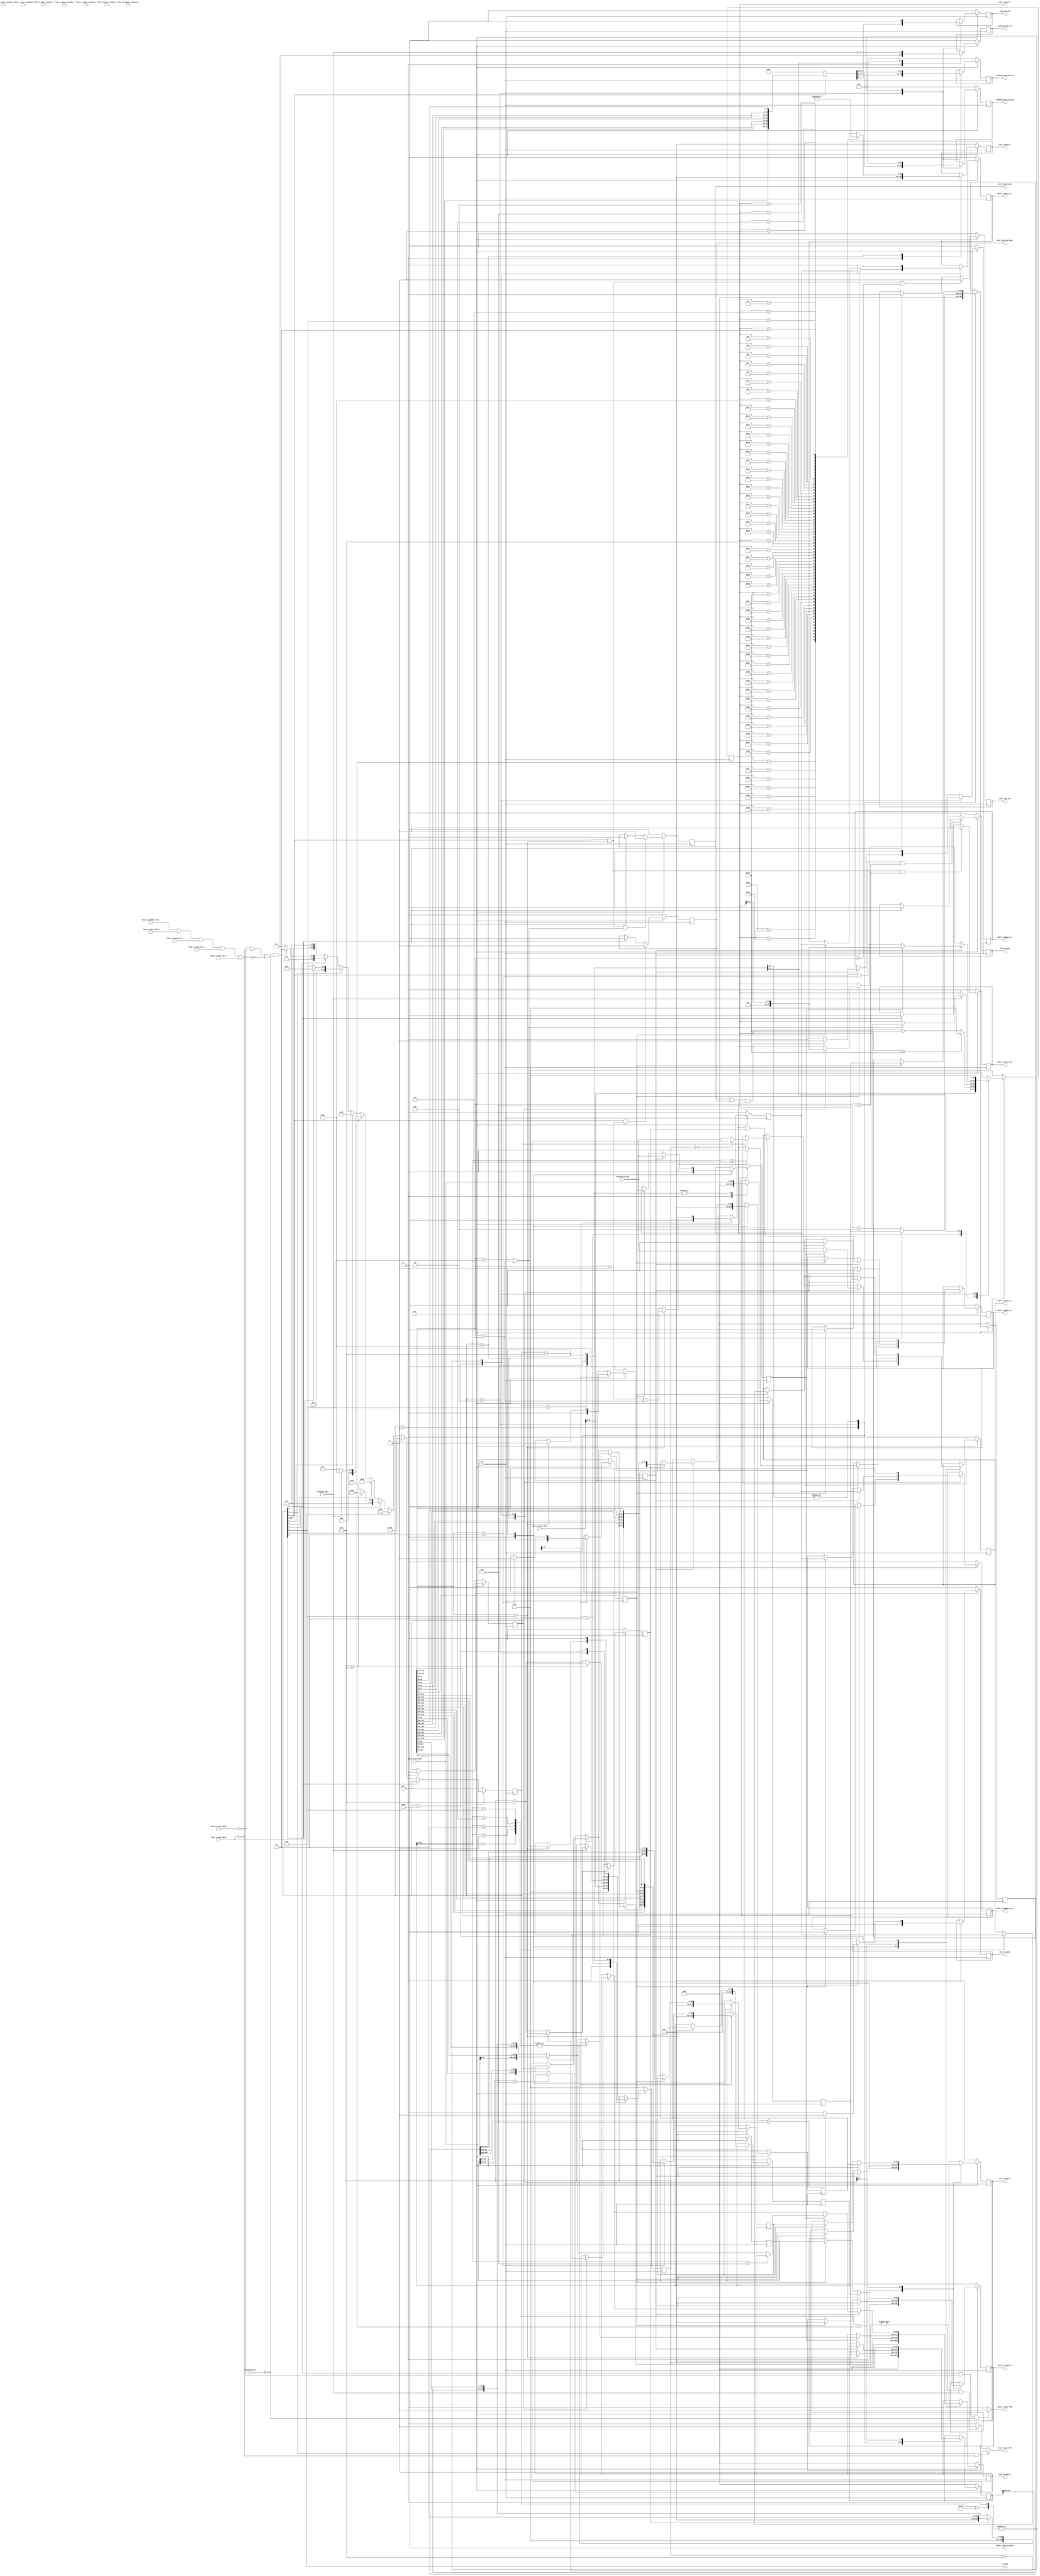
//****************************************************************
// December 6, 2022
//
// Licensed to the Apache Software Foundation (ASF) under one
// or more contributor license agreements.  See the NOTICE file
// distributed with this work for additional information
// regarding copyright ownership.  The ASF licenses this file
// to you under the Apache License, Version 2.0 (the
// "License"); you may not use this file except in compliance
// with the License.  You may obtain a copy of the License at
//
//   http://www.apache.org/licenses/LICENSE-2.0
//
// Unless required by applicable law or agreed to in writing,
// software distributed under the License is distributed on an
// "AS IS" BASIS, WITHOUT WARRANTIES OR CONDITIONS OF ANY
// KIND, either express or implied.  See the License for the
// specific language governing permissions and limitations
// under the License.
//
// Date: N/A
// Project: OmniXtend Core
// Comments: N/A
//
//********************************
// File history:
//   N/A
//****************************************************************

`timescale 1ns / 1ps



module M2OX
    #(
        parameter RX_HEADER_PTR     =13,
        parameter RX_ADDR_PTR       =13,
        parameter RX_MASK_PTR       =13,
        parameter RX_DATA_PTR       =14,
        parameter RX_BCNT_PTR       =13)
    (
        input                           clk                         ,
        input                           rst_                        ,

        //In from LMAC RX FIFOs (IPCS & Packet)
        input       [63:0]              m2ox_rx_ipcs_data           ,
        input                           m2ox_rx_ipcs_empty          ,
        input       [6:0]               m2ox_rx_ipcs_usedword       ,
        output                          ox2m_rx_ipcs_rden           ,

        input       [255:0]             m2ox_rx_pkt_data            ,
        input                           m2ox_rx_pkt_empty           ,
        input       [6:0]               m2ox_rx_pkt_usedword        ,
        output                          ox2m_rx_pkt_rden            ,
        output                          ox2m_rx_pkt_rd_cycle        ,

        //--------------------------------//

        //RX Header FIFO Out
        output      [63:0]              ox2f_rx_header_i            ,
        output                          ox2f_rx_header_we_i         ,
        input                           f2ox_rx_header_full_i       ,
        input       [RX_HEADER_PTR-1:0] f2ox_rx_header_wrusedw_i    ,

        //RX Address FIFO Out
        output      [63:0]              ox2f_rx_addr_i              ,
        output                          ox2f_rx_addr_we_i           ,
        input                           f2ox_rx_addr_full_i         ,
        input       [RX_ADDR_PTR-1:0]   f2ox_rx_addr_wrusedw_i      ,

        //RX Mask FIFO Out
        output      [63:0]              ox2f_rx_mask_i              ,
        output                          ox2f_rx_mask_we_i           ,
        input                           f2ox_rx_mask_full_i         ,
        input       [RX_MASK_PTR-1:0]   f2ox_rx_mask_wrusedw_i      ,

        // RX Data FIFO Out
        output      [255:0]             ox2f_rx_data_i              ,
        output                          ox2f_rx_data_we_i           ,
        input                           f2ox_rx_data_full_i         ,
        input       [RX_DATA_PTR-1:0]   f2ox_rx_data_wrusedw_i      ,

        // RX Bcnt FIFO Out
        output      [15:0]              ox2f_rx_bcnt_i              ,
        output                          ox2f_rx_bcnt_we_i           ,
        input                           f2ox_rx_bcnt_full_i         ,
        input       [RX_BCNT_PTR-1:0]   f2ox_rx_bcnt_wrusedw_i      ,

        //--------------------------------//

        //Sequence Checking  Requests to Seq_Mgr
        output     [21:0]               oxm2ackm_new_ack_num,   // Remote ack num from RXed packet
        output     [21:0]               oxm2ackm_new_seq_num,   // Remote seq num from RXed packet
        output reg                      oxm2ackm_chk_req,       // Asserted to request a sequence check
        output                          oxm2ackm_ack,           // Remote ack mode from RXed packet (ack = 1, nack = 0)
        output                          rx_done,                // Asserted when we have finished RXing current packet
        input                           oxm2ackm_accept,        // Accept the current received packet or not (1 = accept 0 = reject)
        input                           oxm2ackm_done,          // Asserted by seq_mgr when sequence check is done
        input                           oxm2ackm_busy,          

        //--------------------------------//

        output reg                      oxm_rtx_done,           // control signal for ProbeBlock to RTX_MGR

        //--------------------------------//

        //Coherency Signals to TL2N (to diff acquire and release)
        output reg                      ox2tl_aquire_gnt,       // Tells TL this is an acquire gnt response
        output reg                      ox2tl_release_ack,      // Tells TL this is a release ack response
        output reg                      ox2tl_acc_ack,          // Tells TL this is a Get acc response with no data
        output reg                      ox2tl_acc_ack_data,     // Tells TL this is a Put acc response with data
        output reg                      ox2tl_probe
    );


    //================================================================//
    //  Convenience Parameters

    //TL MSG Channel
    localparam          TL_CHAN_A       =   3'b001,
                        TL_CHAN_B       =   3'b010,
                        TL_CHAN_C       =   3'b011,
                        TL_CHAN_D       =   3'b100,
                        TL_CHAN_E       =   3'b101;


    //Channel B Opcode
    localparam          B_PUT_FULL      =   3'd0,
                        B_PUT_PARTIAL   =   3'd1,
                        B_ARITHMETIC    =   3'd2,
                        B_LOGICAL       =   3'd3,
                        B_GET           =   3'd4,
                        B_INTENT        =   3'd5,
                        B_PROBE_BLOCK   =   3'd6,
                        B_PROBE_PERM    =   3'd7;

    //Channel D Opcode
    localparam          D_ACC_ACK       =   3'd0,
                        D_ACC_ACK_DATA  =   3'd1,
                        D_HINT_ACK      =   3'd2,
                        D_GRANT         =   3'd4,
                        D_GRANT_DATA    =   3'd5,
                        D_RELEASE_ACK   =   3'd6;


    //================================================================//
    //  State Machine Encoding and State Signals

    reg [15:0]      rx_state;
    localparam      RX_IDLE         =   16'h01,
                    RX_IPCS         =   16'h02,
                    RX_PKT_RD_1     =   16'h04,
                    RX_DECODE_1     =   16'h08,
                    RX_PKT_RD_2     =   16'h10,
                    RX_DECODE_2     =   16'h20,
                    RX_DONE         =   16'h40,
                    RX_DONE_1       =   16'h80,
                    RX_DONE_2       =   16'h100;

    wire            rx_idle_st      =   rx_state[0];
    wire            rx_ipcs_st      =   rx_state[1];
    wire            rx_pkt_rd_1_st  =   rx_state[2];    // gather info for opcode and channel
    wire            rx_decode_1_st  =   rx_state[3];    // gather info for address and data mask, calculate lewiz reserved
    wire            rx_pkt_rd_2_st  =   rx_state[4];    // gather info for address and data mask, calculate lewiz reserved
    wire            rx_decode_2_st  =   rx_state[5];
    wire            rx_done_st      =   rx_state[6];
    wire            rx_done_1_st    =   rx_state[7];
    wire            rx_done_2_st    =   rx_state[8];

//  wire            rx_idle_st      =   rx_state[0];
//  wire            rx_rd_fifo      =   rx_state[1];
//  wire            rx_ipcs_st      =   rx_state[2];
//  wire            rx_pkt_rd_st    =   rx_state[3];    // gather info for opcode and channel
//  wire            rx_decode_1_st  =   rx_state[4];    // gather info for address and data mask, calculate lewiz reserved
//  wire            rx_decode_2_st  =   rx_state[5];
//  wire            rx_done_st      =   rx_state[6];


    //================================================================//
    //  Other Internal Signals


    reg  [15:0]     bcnt4mask ;                          // sub 8 byte for each data out, use for mask

    //LMAC Byte Count Field (LeWiz Reserved)
    reg  [15:0]     lewiz_bcnt;

    //Pkt Data Buffer
    reg  [255:0]    rx_pkt_data_buf;

    //TLoE Frame Header
    wire [63:0]     tloe_frame_header;
    reg  [2:0]      tloe_header_chan;
    reg  [4:0]      tloe_header_credit;
    reg             tloe_header_ack;
    reg  [21:0]     tloe_header_seq_num_ack;
    reg  [21:0]     tloe_header_seq_num;
    reg  [2:0]      tloe_header_vc;

    assign          tloe_frame_header   =   rx_decode_1_st ?   {
                                                rx_pkt_data_buf[119:112],
                                                rx_pkt_data_buf[127:120],
                                                rx_pkt_data_buf[135:128],
                                                rx_pkt_data_buf[143:136],
                                                rx_pkt_data_buf[151:144],
                                                rx_pkt_data_buf[159:152],
                                                rx_pkt_data_buf[167:160],
                                                rx_pkt_data_buf[175:168]
                                            } :   'd0;

    //Data and Write Enable to OX FIFOs
    reg  [255:0]    ox2f_rx_data_out;
    reg             ox2f_rx_data_valid;
    reg  [63:0]     ox2f_rx_header_out;
    reg             ox2f_rx_header_valid;
    reg  [63:0]     ox2f_rx_addr_out;
    reg             ox2f_rx_addr_valid;
    reg  [63:0]     ox2f_rx_mask_out;
    reg             ox2f_rx_mask_valid;
    reg  [15:0]     ox2f_rx_bcnt_out;
    reg             ox2f_rx_bcnt_valid;

    //  oxm2ackm
    reg             oxm2ackm_accepted;  // 1 = accept pkt, 0 = reject pkt;


    //----------------------------------------------------------------//
    // Channel B TL Msg Header Data

    reg  [63:0]     b_tl_msg_header;
    reg  [63:0]     b_tl_msg_addr;
    reg             b_chan_en;
    reg             b_data_en;
    reg  [255:0]    b_data_buf;
//  reg  [25:0]     b_source;           // {TAG, DST_CHIPID}
//  reg  [3:0]      b_size;             // PAYLOAD_LENGTH
//  reg  [2:0]      b_opcode;           // MSG_TYPE
//  reg             b_chan;             // Channel
//  reg  [3:0]      b_param;            // zero for now
//  reg  [255:0]    b_data;             //{DATA_4, DATA_3, DATA_2, DATA_1}
//  reg             b_corrupt;
//  reg  [63:0]     b_mask;             // Based on PAYLOAD_LENGTH
//  reg  [63:0]     b_addr;             //{DST_XPOS, DST_YPOST, DST_ADDR}
//  reg  [7:0]      b_domain;           // all zero
//  reg  [3:0]      b_size_left;


    //----------------------------------------------------------------//
    // Channel D TL Msg Header Data
    reg  [63:0]     d_tl_msg_header;
    reg  [63:0]     d_tl_msg_sink;
    reg             d_chan_en;
    reg             d_data_en;          // if Channel D comes with data, assigned during RX_DECODE_1 and neg at RX_DONE
    reg             d_sink_en;
    reg  [255:0]    d_data_buf;
//  reg  [25:0]     d_source;           // {TAG, DST_CHIPID}
//  reg  [3:0]      d_size;             // PAYLOAD_LENGTH
//  reg  [2:0]      d_opcode;           // MSG_TYPE
//  reg             d_chan;             // Channel
//  reg  [3:0]      d_param;            // zero for now
//  reg  [255:0]    d_data;             //{DATA_4, DATA_3, DATA_2, DATA_1}
//  reg             d_corrupt;
//  reg  [25:0]     d_sink;             //Slave sink identifier
//  reg             d_denied;           //Slave unable to service the request
//  reg  [7:0]      d_domain;           // all zero

    wire [3:0]      d_size  =   d_tl_msg_header[51:48];    //d_size

    //================================================================//
    //  Output Signal Assignments


    //LMAC IPCS FIFO Read Enable: assert in Idle state if not empty and seq_mgr not busy
    assign          ox2m_rx_ipcs_rden   =   (rx_idle_st && !m2ox_rx_ipcs_empty && !oxm2ackm_busy) ? 1'b1 : 1'b0;

    //LMAC Packet FIFO Read Enable: assert in IPCS state if not empty, or if bytes left to write and seq_mgr check is done
    assign          ox2m_rx_pkt_rden    =   (rx_ipcs_st && !m2ox_rx_pkt_empty)       ? 1'b1 :
                                            ((lewiz_bcnt != 16'd0) && oxm2ackm_done) ? 1'b1 :
                                            1'b0;

    assign          ox2m_rx_pkt_rd_cycle=   1'b0;


    //RX Header FIFO
    assign          ox2f_rx_header_we_i =   ox2f_rx_header_valid;
    assign          ox2f_rx_header_i    =   ox2f_rx_header_out  ;

    //RX Address FIFO
    assign          ox2f_rx_addr_we_i   =   ox2f_rx_addr_valid  ;
    assign          ox2f_rx_addr_i      =   ox2f_rx_addr_out    ;

    //RX Mask FIFO
    assign          ox2f_rx_mask_we_i   =   ox2f_rx_mask_valid  ;
    assign          ox2f_rx_mask_i      =   ox2f_rx_mask_out    ;

    //RX Data FIFO
    assign          ox2f_rx_data_we_i   =   ox2f_rx_data_valid  ;
    assign          ox2f_rx_data_i      =   ox2f_rx_data_out    ;

    //RX Bcnt FIFO
    assign          ox2f_rx_bcnt_we_i   =   ox2f_rx_bcnt_valid  ;
    assign          ox2f_rx_bcnt_i      =   ox2f_rx_bcnt_out    ;


    assign          oxm2ackm_ack        =   tloe_header_ack;
    assign          oxm2ackm_new_ack_num=   tloe_header_seq_num_ack;
    assign          oxm2ackm_new_seq_num=   tloe_header_seq_num;


    assign          rx_done = rx_done_st;   //Assert done while in Done State



    //================================================================//
    //  RX State Machine

    //Next State Logic
    always @(posedge clk) begin
        if (!rst_) begin
            rx_state    <=  RX_IDLE;
        end else begin
            if (rx_idle_st) begin
                rx_state    <=  !oxm2ackm_busy && (!m2ox_rx_ipcs_empty && !m2ox_rx_pkt_empty && !(f2ox_rx_header_full_i || f2ox_rx_addr_full_i || f2ox_rx_mask_full_i || f2ox_rx_data_full_i || f2ox_rx_bcnt_full_i))
                                 ?     RX_IPCS     :   RX_IDLE;
            end

            if (rx_ipcs_st) begin
                rx_state    <=  !m2ox_rx_pkt_empty     ?     RX_PKT_RD_1     :   RX_IDLE;
            end

            if (rx_pkt_rd_1_st) begin
                rx_state    <=  RX_DECODE_1;
            end

            //Decode 1 State: Stay here until Sequence manager has finished checking Seq #s
            if (rx_decode_1_st) begin
                rx_state    <=  oxm2ackm_done   ?   RX_PKT_RD_2   :   RX_DECODE_1;
            end

            if (rx_pkt_rd_2_st) begin
                rx_state    <=  RX_DECODE_2;
            end

            if (rx_decode_2_st) begin
                rx_state    <=  (lewiz_bcnt <= 16'd32) ? RX_DONE : RX_DECODE_2;
            end

            if (rx_done_st) begin
                rx_state    <=  RX_DONE_1;
            end

            if (rx_done_1_st) begin
                rx_state    <=  RX_DONE_2 ;
            end

            if(rx_done_2_st) begin
                rx_state    <=  RX_IDLE ;
            end

        end // else
    end // always

    //Data Control Logic (reading, decoding and writing)
    always @(posedge clk) begin
        if  (!rst_) begin
            lewiz_bcnt                  <=  16'b0;
            tloe_header_chan            <=  'b0;
            tloe_header_credit          <=  'b0;
            tloe_header_ack             <=  'b0;
            tloe_header_seq_num_ack     <=  'b0;
            tloe_header_seq_num         <=  'b0;
            tloe_header_vc              <=  'b0;
            ox2f_rx_data_out            <=  'b0;
            ox2f_rx_data_valid          <=  'b0;
            ox2f_rx_header_out          <=  'b0;
            ox2f_rx_header_valid        <=  'b0;
            ox2f_rx_addr_out            <=  'b0;
            ox2f_rx_addr_valid          <=  'b0;
            ox2f_rx_mask_out            <=  'b0;
            ox2f_rx_mask_valid          <=  'b0;
            ox2f_rx_bcnt_out            <=  'b0;
            ox2f_rx_bcnt_valid          <=  'b0;
            rx_pkt_data_buf             <=  'b0;
            oxm2ackm_chk_req            <=  'b0;
            oxm2ackm_accepted           <=  'b0;
            oxm_rtx_done                <=  'b0;
            bcnt4mask                   <=  16'b0;
        end
        else begin
            case (rx_state)

                //Idle State: Reset Internal Registers
                RX_IDLE: begin
                    lewiz_bcnt                  <=  16'b0;
                    tloe_header_chan            <=    'b0;
                    tloe_header_credit          <=    'b0;
                    tloe_header_ack             <=    'b0;
                    tloe_header_seq_num_ack     <=    'b0;
                    tloe_header_seq_num         <=    'b0;
                    tloe_header_vc              <=    'b0;
                    ox2f_rx_data_out            <=    'b0;
                    ox2f_rx_data_valid          <=    'b0;
                    ox2f_rx_header_out          <=    'b0;
                    ox2f_rx_header_valid        <=    'b0;
                    ox2f_rx_addr_out            <=    'b0;
                    ox2f_rx_addr_valid          <=    'b0;
                    ox2f_rx_mask_out            <=    'b0;
                    ox2f_rx_mask_valid          <=    'b0;
                    ox2f_rx_bcnt_valid          <=    'b0;
                    ox2f_rx_bcnt_out            <=    'b0;
                    rx_pkt_data_buf             <=    'b0;
                    oxm2ackm_chk_req            <=    'b0;
                    oxm2ackm_accepted           <=    'b0;
                    oxm_rtx_done                <=    'b0;
                    bcnt4mask                   <=  16'b0;
                end

                //IPCS State: Store packet byte count
                RX_IPCS: begin
                  //lewiz_bcnt                  <=  m2ox_rx_ipcs_data[63:48];
                  //ox2f_rx_bcnt_out            <=  m2ox_rx_ipcs_data[63:48];
                    lewiz_bcnt                  <=  m2ox_rx_ipcs_data[15:0];
                    ox2f_rx_bcnt_out            <=  m2ox_rx_ipcs_data[15:0];
                end

                //Packet Read 1 State: Store first data QQWord and assert sequence check request to seq_mgr
                RX_PKT_RD_1: begin
                    rx_pkt_data_buf             <=  m2ox_rx_pkt_data;           // Buffer first QQWord
                  //lewiz_bcnt                  <=  lewiz_bcnt - 16'd32;
                    lewiz_bcnt                  <=  (lewiz_bcnt <=16'd32)        ? 0 : (lewiz_bcnt - 16'd32);
                    ox2f_rx_bcnt_out            <=  (ox2f_rx_bcnt_out <= 'd38)   ? 0: (ox2f_rx_bcnt_out - 'd38);    // 14B Ethernet Header, 8B TloE Header, 8B TL Msg Header, 8B TLoE Frame Mask
                    oxm2ackm_chk_req            <=  1'b1;
                end

                //Decode 1 State: Decode TLoE frame header and wait for Sequence Manager to check Seq #
                RX_DECODE_1: begin
                    oxm2ackm_chk_req            <=  !oxm2ackm_done;
                    tloe_header_chan            <=  rx_pkt_data_buf[182:180];
                  //tloe_header_chan            <=  tloe_frame_header[7:5];
                    tloe_header_credit          <=  tloe_frame_header[4:0];
                    tloe_header_ack             <=  tloe_frame_header[9];
                    tloe_header_seq_num_ack     <=  tloe_frame_header[31:10];
                    tloe_header_seq_num         <=  tloe_frame_header[53:32];
                    tloe_header_vc              <=  tloe_frame_header[63:61];

                    rx_pkt_data_buf             <=  m2ox_rx_pkt_data;

                    //Decrement bytes left to process count when leaving state
                    lewiz_bcnt                  <=  oxm2ackm_done ?
                                                    ////(rx_pkt_data_buf[179:177] ==    D_GRANT) || (rx_pkt_data_buf[179:177] ==    D_GRANT_DATA)   ?
                                                    ////(lewiz_bcnt < 16'd40)   ?   16'd0   :   lewiz_bcnt - 16'd40 :
                                                        (lewiz_bcnt < 16'd32)   ?   16'd0   :   lewiz_bcnt - 16'd32 :
                                                    lewiz_bcnt;

                    //Decrement output byte count when leaving state if message is D_GRANT or D_GRANT_DATA
                    ox2f_rx_bcnt_out            <=  oxm2ackm_done ?
                                                    ((rx_pkt_data_buf[179:177] ==    D_GRANT         ||    rx_pkt_data_buf[179:177] ==    D_GRANT_DATA) ?
                                                    ox2f_rx_bcnt_out - 'd8  :   ox2f_rx_bcnt_out  ) :
                                                    ox2f_rx_bcnt_out;


                  //bcnt4mask                   <= ox2f_rx_bcnt_out;

                  //case(ox2f_rx_bcnt_out)
                  //    8'd64: ox2f_rx_mask_out <= 64'b1111_1111_1111_1111_1111_1111_1111_1111_1111_1111_1111_1111_1111_1111_1111_1111 ;
                  //
                  //    8'd63: ox2f_rx_mask_out <= 64'b0111_1111_1111_1111_1111_1111_1111_1111_1111_1111_1111_1111_1111_1111_1111_1111 ;
                  //    8'd62: ox2f_rx_mask_out <= 64'b0011_1111_1111_1111_1111_1111_1111_1111_1111_1111_1111_1111_1111_1111_1111_1111 ;
                  //    8'd61: ox2f_rx_mask_out <= 64'b0001_1111_1111_1111_1111_1111_1111_1111_1111_1111_1111_1111_1111_1111_1111_1111 ;
                  //    8'd60: ox2f_rx_mask_out <= 64'b0000_1111_1111_1111_1111_1111_1111_1111_1111_1111_1111_1111_1111_1111_1111_1111 ;
                  //
                  //    8'd59: ox2f_rx_mask_out <= 64'b0000_0111_1111_1111_1111_1111_1111_1111_1111_1111_1111_1111_1111_1111_1111_1111 ;
                  //    8'd58: ox2f_rx_mask_out <= 64'b0000_0011_1111_1111_1111_1111_1111_1111_1111_1111_1111_1111_1111_1111_1111_1111 ;
                  //    8'd57: ox2f_rx_mask_out <= 64'b0000_0001_1111_1111_1111_1111_1111_1111_1111_1111_1111_1111_1111_1111_1111_1111 ;
                  //    8'd56: ox2f_rx_mask_out <= 64'b0000_0000_1111_1111_1111_1111_1111_1111_1111_1111_1111_1111_1111_1111_1111_1111 ;
                  //
                  //    8'd55: ox2f_rx_mask_out <= 64'b0000_0000_0111_1111_1111_1111_1111_1111_1111_1111_1111_1111_1111_1111_1111_1111 ;
                  //    8'd54: ox2f_rx_mask_out <= 64'b0000_0000_0011_1111_1111_1111_1111_1111_1111_1111_1111_1111_1111_1111_1111_1111 ;
                  //    8'd53: ox2f_rx_mask_out <= 64'b0000_0000_0001_1111_1111_1111_1111_1111_1111_1111_1111_1111_1111_1111_1111_1111 ;
                  //    8'd52: ox2f_rx_mask_out <= 64'b0000_0000_0000_1111_1111_1111_1111_1111_1111_1111_1111_1111_1111_1111_1111_1111 ;
                  //
                  //    8'd51: ox2f_rx_mask_out <= 64'b0000_0000_0000_0111_1111_1111_1111_1111_1111_1111_1111_1111_1111_1111_1111_1111 ;
                  //    8'd50: ox2f_rx_mask_out <= 64'b0000_0000_0000_0011_1111_1111_1111_1111_1111_1111_1111_1111_1111_1111_1111_1111 ;
                  //    8'd49: ox2f_rx_mask_out <= 64'b0000_0000_0000_0001_1111_1111_1111_1111_1111_1111_1111_1111_1111_1111_1111_1111 ;
                  //    8'd48: ox2f_rx_mask_out <= 64'b0000_0000_0000_0000_1111_1111_1111_1111_1111_1111_1111_1111_1111_1111_1111_1111 ;
                  //
                  //    8'd47: ox2f_rx_mask_out <= 64'b0000_0000_0000_0000_0111_1111_1111_1111_1111_1111_1111_1111_1111_1111_1111_1111 ;
                  //    8'd46: ox2f_rx_mask_out <= 64'b0000_0000_0000_0000_0011_1111_1111_1111_1111_1111_1111_1111_1111_1111_1111_1111 ;
                  //    8'd45: ox2f_rx_mask_out <= 64'b0000_0000_0000_0000_0001_1111_1111_1111_1111_1111_1111_1111_1111_1111_1111_1111 ;
                  //    8'd44: ox2f_rx_mask_out <= 64'b0000_0000_0000_0000_0000_1111_1111_1111_1111_1111_1111_1111_1111_1111_1111_1111 ;
                  //
                  //    8'd43: ox2f_rx_mask_out <= 64'b0000_0000_0000_0000_0000_0111_1111_1111_1111_1111_1111_1111_1111_1111_1111_1111 ;
                  //    8'd42: ox2f_rx_mask_out <= 64'b0000_0000_0000_0000_0000_0011_1111_1111_1111_1111_1111_1111_1111_1111_1111_1111 ;
                  //    8'd41: ox2f_rx_mask_out <= 64'b0000_0000_0000_0000_0000_0001_1111_1111_1111_1111_1111_1111_1111_1111_1111_1111 ;
                  //    8'd40: ox2f_rx_mask_out <= 64'b0000_0000_0000_0000_0000_0000_1111_1111_1111_1111_1111_1111_1111_1111_1111_1111 ;
                  //
                  //    8'd39: ox2f_rx_mask_out <= 64'b0000_0000_0000_0000_0000_0000_0111_1111_1111_1111_1111_1111_1111_1111_1111_1111 ;
                  //    8'd38: ox2f_rx_mask_out <= 64'b0000_0000_0000_0000_0000_0000_0011_1111_1111_1111_1111_1111_1111_1111_1111_1111 ;
                  //    8'd37: ox2f_rx_mask_out <= 64'b0000_0000_0000_0000_0000_0000_0001_1111_1111_1111_1111_1111_1111_1111_1111_1111 ;
                  //    8'd36: ox2f_rx_mask_out <= 64'b0000_0000_0000_0000_0000_0000_0000_1111_1111_1111_1111_1111_1111_1111_1111_1111 ;
                  //
                  //    8'd35: ox2f_rx_mask_out <= 64'b0000_0000_0000_0000_0000_0000_0000_0111_1111_1111_1111_1111_1111_1111_1111_1111 ;
                  //    8'd34: ox2f_rx_mask_out <= 64'b0000_0000_0000_0000_0000_0000_0000_0011_1111_1111_1111_1111_1111_1111_1111_1111 ;
                  //    8'd33: ox2f_rx_mask_out <= 64'b0000_0000_0000_0000_0000_0000_0000_0001_1111_1111_1111_1111_1111_1111_1111_1111 ;
                  //    8'd32: ox2f_rx_mask_out <= 64'b0000_0000_0000_0000_0000_0000_0000_0000_1111_1111_1111_1111_1111_1111_1111_1111 ;
                  //
                  //    8'd31: ox2f_rx_mask_out <= 64'b0000_0000_0000_0000_0000_0000_0000_0000_0111_1111_1111_1111_1111_1111_1111_1111 ;
                  //    8'd30: ox2f_rx_mask_out <= 64'b0000_0000_0000_0000_0000_0000_0000_0000_0011_1111_1111_1111_1111_1111_1111_1111 ;
                  //    8'd29: ox2f_rx_mask_out <= 64'b0000_0000_0000_0000_0000_0000_0000_0000_0001_1111_1111_1111_1111_1111_1111_1111 ;
                  //    8'd28: ox2f_rx_mask_out <= 64'b0000_0000_0000_0000_0000_0000_0000_0000_0000_1111_1111_1111_1111_1111_1111_1111 ;
                  //
                  //    8'd27: ox2f_rx_mask_out <= 64'b0000_0000_0000_0000_0000_0000_0000_0000_0000_0111_1111_1111_1111_1111_1111_1111 ;
                  //    8'd26: ox2f_rx_mask_out <= 64'b0000_0000_0000_0000_0000_0000_0000_0000_0000_0011_1111_1111_1111_1111_1111_1111 ;
                  //    8'd25: ox2f_rx_mask_out <= 64'b0000_0000_0000_0000_0000_0000_0000_0000_0000_0001_1111_1111_1111_1111_1111_1111 ;
                  //    8'd24: ox2f_rx_mask_out <= 64'b0000_0000_0000_0000_0000_0000_0000_0000_0000_0000_1111_1111_1111_1111_1111_1111 ;
                  //
                  //    8'd23: ox2f_rx_mask_out <= 64'b0000_0000_0000_0000_0000_0000_0000_0000_0000_0000_0111_1111_1111_1111_1111_1111 ;
                  //    8'd22: ox2f_rx_mask_out <= 64'b0000_0000_0000_0000_0000_0000_0000_0000_0000_0000_0011_1111_1111_1111_1111_1111 ;
                  //    8'd21: ox2f_rx_mask_out <= 64'b0000_0000_0000_0000_0000_0000_0000_0000_0000_0000_0001_1111_1111_1111_1111_1111 ;
                  //    8'd20: ox2f_rx_mask_out <= 64'b0000_0000_0000_0000_0000_0000_0000_0000_0000_0000_0000_1111_1111_1111_1111_1111 ;
                  //
                  //    8'd19: ox2f_rx_mask_out <= 64'b0000_0000_0000_0000_0000_0000_0000_0000_0000_0000_0000_0111_1111_1111_1111_1111 ;
                  //    8'd18: ox2f_rx_mask_out <= 64'b0000_0000_0000_0000_0000_0000_0000_0000_0000_0000_0000_0011_1111_1111_1111_1111 ;
                  //    8'd17: ox2f_rx_mask_out <= 64'b0000_0000_0000_0000_0000_0000_0000_0000_0000_0000_0000_0001_1111_1111_1111_1111 ;
                  //    8'd16: ox2f_rx_mask_out <= 64'b0000_0000_0000_0000_0000_0000_0000_0000_0000_0000_0000_0000_1111_1111_1111_1111 ;
                  //
                  //    8'd15: ox2f_rx_mask_out <= 64'b0000_0000_0000_0000_0000_0000_0000_0000_0000_0000_0000_0000_0111_1111_1111_1111 ;
                  //    8'd14: ox2f_rx_mask_out <= 64'b0000_0000_0000_0000_0000_0000_0000_0000_0000_0000_0000_0000_0011_1111_1111_1111 ;
                  //    8'd13: ox2f_rx_mask_out <= 64'b0000_0000_0000_0000_0000_0000_0000_0000_0000_0000_0000_0000_0001_1111_1111_1111 ;
                  //    8'd12: ox2f_rx_mask_out <= 64'b0000_0000_0000_0000_0000_0000_0000_0000_0000_0000_0000_0000_0000_1111_1111_1111 ;
                  //
                  //    8'd11: ox2f_rx_mask_out <= 64'b0000_0000_0000_0000_0000_0000_0000_0000_0000_0000_0000_0000_0000_0111_1111_1111 ;
                  //    8'd10: ox2f_rx_mask_out <= 64'b0000_0000_0000_0000_0000_0000_0000_0000_0000_0000_0000_0000_0000_0011_1111_1111 ;
                  //    8'd09: ox2f_rx_mask_out <= 64'b0000_0000_0000_0000_0000_0000_0000_0000_0000_0000_0000_0000_0000_0001_1111_1111 ;
                  //    8'd08: ox2f_rx_mask_out <= 64'b0000_0000_0000_0000_0000_0000_0000_0000_0000_0000_0000_0000_0000_0000_1111_1111 ;
                  //
                  //    8'd07: ox2f_rx_mask_out <= 64'b0000_0000_0000_0000_0000_0000_0000_0000_0000_0000_0000_0000_0000_0000_0111_1111 ;
                  //    8'd06: ox2f_rx_mask_out <= 64'b0000_0000_0000_0000_0000_0000_0000_0000_0000_0000_0000_0000_0000_0000_0011_1111 ;
                  //    8'd05: ox2f_rx_mask_out <= 64'b0000_0000_0000_0000_0000_0000_0000_0000_0000_0000_0000_0000_0000_0000_0001_1111 ;
                  //    8'd04: ox2f_rx_mask_out <= 64'b0000_0000_0000_0000_0000_0000_0000_0000_0000_0000_0000_0000_0000_0000_0000_1111 ;
                  //
                  //    8'd03: ox2f_rx_mask_out <= 64'b0000_0000_0000_0000_0000_0000_0000_0000_0000_0000_0000_0000_0000_0000_0000_0111 ;
                  //    8'd02: ox2f_rx_mask_out <= 64'b0000_0000_0000_0000_0000_0000_0000_0000_0000_0000_0000_0000_0000_0000_0000_0011 ;
                  //    8'd01: ox2f_rx_mask_out <= 64'b0000_0000_0000_0000_0000_0000_0000_0000_0000_0000_0000_0000_0000_0000_0000_0001 ;
                  //endcase
                end

                //Packet Read 2 State: Store second QQWord and calculate data mask
                RX_PKT_RD_2: begin
                        rx_pkt_data_buf             <=  m2ox_rx_pkt_data;                                                   // Buffer second QQWord
                        lewiz_bcnt                  <=  lewiz_bcnt  < 16'd32    ?   'd0 :   lewiz_bcnt - 16'd32;

                        case(ox2f_rx_bcnt_out)
                            8'd64: ox2f_rx_mask_out <= 64'b1111_1111_1111_1111_1111_1111_1111_1111_1111_1111_1111_1111_1111_1111_1111_1111 ;

                            8'd63: ox2f_rx_mask_out <= 64'b0111_1111_1111_1111_1111_1111_1111_1111_1111_1111_1111_1111_1111_1111_1111_1111 ;
                            8'd62: ox2f_rx_mask_out <= 64'b0011_1111_1111_1111_1111_1111_1111_1111_1111_1111_1111_1111_1111_1111_1111_1111 ;
                            8'd61: ox2f_rx_mask_out <= 64'b0001_1111_1111_1111_1111_1111_1111_1111_1111_1111_1111_1111_1111_1111_1111_1111 ;
                            8'd60: ox2f_rx_mask_out <= 64'b0000_1111_1111_1111_1111_1111_1111_1111_1111_1111_1111_1111_1111_1111_1111_1111 ;

                            8'd59: ox2f_rx_mask_out <= 64'b0000_0111_1111_1111_1111_1111_1111_1111_1111_1111_1111_1111_1111_1111_1111_1111 ;
                            8'd58: ox2f_rx_mask_out <= 64'b0000_0011_1111_1111_1111_1111_1111_1111_1111_1111_1111_1111_1111_1111_1111_1111 ;
                            8'd57: ox2f_rx_mask_out <= 64'b0000_0001_1111_1111_1111_1111_1111_1111_1111_1111_1111_1111_1111_1111_1111_1111 ;
                            8'd56: ox2f_rx_mask_out <= 64'b0000_0000_1111_1111_1111_1111_1111_1111_1111_1111_1111_1111_1111_1111_1111_1111 ;

                            8'd55: ox2f_rx_mask_out <= 64'b0000_0000_0111_1111_1111_1111_1111_1111_1111_1111_1111_1111_1111_1111_1111_1111 ;
                            8'd54: ox2f_rx_mask_out <= 64'b0000_0000_0011_1111_1111_1111_1111_1111_1111_1111_1111_1111_1111_1111_1111_1111 ;
                            8'd53: ox2f_rx_mask_out <= 64'b0000_0000_0001_1111_1111_1111_1111_1111_1111_1111_1111_1111_1111_1111_1111_1111 ;
                            8'd52: ox2f_rx_mask_out <= 64'b0000_0000_0000_1111_1111_1111_1111_1111_1111_1111_1111_1111_1111_1111_1111_1111 ;

                            8'd51: ox2f_rx_mask_out <= 64'b0000_0000_0000_0111_1111_1111_1111_1111_1111_1111_1111_1111_1111_1111_1111_1111 ;
                            8'd50: ox2f_rx_mask_out <= 64'b0000_0000_0000_0011_1111_1111_1111_1111_1111_1111_1111_1111_1111_1111_1111_1111 ;
                            8'd49: ox2f_rx_mask_out <= 64'b0000_0000_0000_0001_1111_1111_1111_1111_1111_1111_1111_1111_1111_1111_1111_1111 ;
                            8'd48: ox2f_rx_mask_out <= 64'b0000_0000_0000_0000_1111_1111_1111_1111_1111_1111_1111_1111_1111_1111_1111_1111 ;

                            8'd47: ox2f_rx_mask_out <= 64'b0000_0000_0000_0000_0111_1111_1111_1111_1111_1111_1111_1111_1111_1111_1111_1111 ;
                            8'd46: ox2f_rx_mask_out <= 64'b0000_0000_0000_0000_0011_1111_1111_1111_1111_1111_1111_1111_1111_1111_1111_1111 ;
                            8'd45: ox2f_rx_mask_out <= 64'b0000_0000_0000_0000_0001_1111_1111_1111_1111_1111_1111_1111_1111_1111_1111_1111 ;
                            8'd44: ox2f_rx_mask_out <= 64'b0000_0000_0000_0000_0000_1111_1111_1111_1111_1111_1111_1111_1111_1111_1111_1111 ;

                            8'd43: ox2f_rx_mask_out <= 64'b0000_0000_0000_0000_0000_0111_1111_1111_1111_1111_1111_1111_1111_1111_1111_1111 ;
                            8'd42: ox2f_rx_mask_out <= 64'b0000_0000_0000_0000_0000_0011_1111_1111_1111_1111_1111_1111_1111_1111_1111_1111 ;
                            8'd41: ox2f_rx_mask_out <= 64'b0000_0000_0000_0000_0000_0001_1111_1111_1111_1111_1111_1111_1111_1111_1111_1111 ;
                            8'd40: ox2f_rx_mask_out <= 64'b0000_0000_0000_0000_0000_0000_1111_1111_1111_1111_1111_1111_1111_1111_1111_1111 ;

                            8'd39: ox2f_rx_mask_out <= 64'b0000_0000_0000_0000_0000_0000_0111_1111_1111_1111_1111_1111_1111_1111_1111_1111 ;
                            8'd38: ox2f_rx_mask_out <= 64'b0000_0000_0000_0000_0000_0000_0011_1111_1111_1111_1111_1111_1111_1111_1111_1111 ;
                            8'd37: ox2f_rx_mask_out <= 64'b0000_0000_0000_0000_0000_0000_0001_1111_1111_1111_1111_1111_1111_1111_1111_1111 ;
                            8'd36: ox2f_rx_mask_out <= 64'b0000_0000_0000_0000_0000_0000_0000_1111_1111_1111_1111_1111_1111_1111_1111_1111 ;

                            8'd35: ox2f_rx_mask_out <= 64'b0000_0000_0000_0000_0000_0000_0000_0111_1111_1111_1111_1111_1111_1111_1111_1111 ;
                            8'd34: ox2f_rx_mask_out <= 64'b0000_0000_0000_0000_0000_0000_0000_0011_1111_1111_1111_1111_1111_1111_1111_1111 ;
                            8'd33: ox2f_rx_mask_out <= 64'b0000_0000_0000_0000_0000_0000_0000_0001_1111_1111_1111_1111_1111_1111_1111_1111 ;
                            8'd32: ox2f_rx_mask_out <= 64'b0000_0000_0000_0000_0000_0000_0000_0000_1111_1111_1111_1111_1111_1111_1111_1111 ;

                            8'd31: ox2f_rx_mask_out <= 64'b0000_0000_0000_0000_0000_0000_0000_0000_0111_1111_1111_1111_1111_1111_1111_1111 ;
                            8'd30: ox2f_rx_mask_out <= 64'b0000_0000_0000_0000_0000_0000_0000_0000_0011_1111_1111_1111_1111_1111_1111_1111 ;
                            8'd29: ox2f_rx_mask_out <= 64'b0000_0000_0000_0000_0000_0000_0000_0000_0001_1111_1111_1111_1111_1111_1111_1111 ;
                            8'd28: ox2f_rx_mask_out <= 64'b0000_0000_0000_0000_0000_0000_0000_0000_0000_1111_1111_1111_1111_1111_1111_1111 ;

                            8'd27: ox2f_rx_mask_out <= 64'b0000_0000_0000_0000_0000_0000_0000_0000_0000_0111_1111_1111_1111_1111_1111_1111 ;
                            8'd26: ox2f_rx_mask_out <= 64'b0000_0000_0000_0000_0000_0000_0000_0000_0000_0011_1111_1111_1111_1111_1111_1111 ;
                            8'd25: ox2f_rx_mask_out <= 64'b0000_0000_0000_0000_0000_0000_0000_0000_0000_0001_1111_1111_1111_1111_1111_1111 ;
                            8'd24: ox2f_rx_mask_out <= 64'b0000_0000_0000_0000_0000_0000_0000_0000_0000_0000_1111_1111_1111_1111_1111_1111 ;

                            8'd23: ox2f_rx_mask_out <= 64'b0000_0000_0000_0000_0000_0000_0000_0000_0000_0000_0111_1111_1111_1111_1111_1111 ;
                            8'd22: ox2f_rx_mask_out <= 64'b0000_0000_0000_0000_0000_0000_0000_0000_0000_0000_0011_1111_1111_1111_1111_1111 ;
                            8'd21: ox2f_rx_mask_out <= 64'b0000_0000_0000_0000_0000_0000_0000_0000_0000_0000_0001_1111_1111_1111_1111_1111 ;
                            8'd20: ox2f_rx_mask_out <= 64'b0000_0000_0000_0000_0000_0000_0000_0000_0000_0000_0000_1111_1111_1111_1111_1111 ;

                            8'd19: ox2f_rx_mask_out <= 64'b0000_0000_0000_0000_0000_0000_0000_0000_0000_0000_0000_0111_1111_1111_1111_1111 ;
                            8'd18: ox2f_rx_mask_out <= 64'b0000_0000_0000_0000_0000_0000_0000_0000_0000_0000_0000_0011_1111_1111_1111_1111 ;
                            8'd17: ox2f_rx_mask_out <= 64'b0000_0000_0000_0000_0000_0000_0000_0000_0000_0000_0000_0001_1111_1111_1111_1111 ;
                            8'd16: ox2f_rx_mask_out <= 64'b0000_0000_0000_0000_0000_0000_0000_0000_0000_0000_0000_0000_1111_1111_1111_1111 ;

                            8'd15: ox2f_rx_mask_out <= 64'b0000_0000_0000_0000_0000_0000_0000_0000_0000_0000_0000_0000_0111_1111_1111_1111 ;
                            8'd14: ox2f_rx_mask_out <= 64'b0000_0000_0000_0000_0000_0000_0000_0000_0000_0000_0000_0000_0011_1111_1111_1111 ;
                            8'd13: ox2f_rx_mask_out <= 64'b0000_0000_0000_0000_0000_0000_0000_0000_0000_0000_0000_0000_0001_1111_1111_1111 ;
                            8'd12: ox2f_rx_mask_out <= 64'b0000_0000_0000_0000_0000_0000_0000_0000_0000_0000_0000_0000_0000_1111_1111_1111 ;

                            8'd11: ox2f_rx_mask_out <= 64'b0000_0000_0000_0000_0000_0000_0000_0000_0000_0000_0000_0000_0000_0111_1111_1111 ;
                            8'd10: ox2f_rx_mask_out <= 64'b0000_0000_0000_0000_0000_0000_0000_0000_0000_0000_0000_0000_0000_0011_1111_1111 ;
                            8'd09: ox2f_rx_mask_out <= 64'b0000_0000_0000_0000_0000_0000_0000_0000_0000_0000_0000_0000_0000_0001_1111_1111 ;
                            8'd08: ox2f_rx_mask_out <= 64'b0000_0000_0000_0000_0000_0000_0000_0000_0000_0000_0000_0000_0000_0000_1111_1111 ;

                            8'd07: ox2f_rx_mask_out <= 64'b0000_0000_0000_0000_0000_0000_0000_0000_0000_0000_0000_0000_0000_0000_0111_1111 ;
                            8'd06: ox2f_rx_mask_out <= 64'b0000_0000_0000_0000_0000_0000_0000_0000_0000_0000_0000_0000_0000_0000_0011_1111 ;
                            8'd05: ox2f_rx_mask_out <= 64'b0000_0000_0000_0000_0000_0000_0000_0000_0000_0000_0000_0000_0000_0000_0001_1111 ;
                            8'd04: ox2f_rx_mask_out <= 64'b0000_0000_0000_0000_0000_0000_0000_0000_0000_0000_0000_0000_0000_0000_0000_1111 ;

                            8'd03: ox2f_rx_mask_out <= 64'b0000_0000_0000_0000_0000_0000_0000_0000_0000_0000_0000_0000_0000_0000_0000_0111 ;
                            8'd02: ox2f_rx_mask_out <= 64'b0000_0000_0000_0000_0000_0000_0000_0000_0000_0000_0000_0000_0000_0000_0000_0011 ;
                            8'd01: ox2f_rx_mask_out <= 64'b0000_0000_0000_0000_0000_0000_0000_0000_0000_0000_0000_0000_0000_0000_0000_0001 ;
                        endcase

                end

                //Decode 2 State: Keep reading in data (while data is left) and output it to appropriate FIFOs
                //                Uses message type and parameters to determine what data to output and how
                RX_DECODE_2: begin
                    rx_pkt_data_buf             <=  m2ox_rx_pkt_data;  // Store third plus QQWord
                    lewiz_bcnt                  <=  (lewiz_bcnt < 16'd32)   ?   16'd0   :   lewiz_bcnt - 16'd32;

                    //If message is on channel B, extract data
                    if (b_chan_en) begin
                        if (b_data_en) begin
                            ox2f_rx_data_out        <=  {rx_pkt_data_buf[239:0],b_data_buf[255:240]};
                            ox2f_rx_data_valid      <=  lewiz_bcnt  == 'd0   ?   1'b0    :   oxm2ackm_accept;
                        end
                        oxm_rtx_done                <=  b_tl_msg_header[59:57] == B_PROBE_BLOCK   ?   1'b1    : 1'b0;
                        oxm2ackm_accepted           <=  oxm2ackm_accept;
                        ox2f_rx_header_out          <=  'b0;
                        ox2f_rx_header_valid        <=  'b0;
                        ox2f_rx_addr_out            <=  'b0;
                        ox2f_rx_addr_valid          <=  'b0;
                    end

                    //If message is on channel D, extract data based on size
                    if (d_chan_en) begin
                        if (d_data_en) begin
                            case (d_tl_msg_header[51:48])    //d_size
                                4'h0: begin
                                    ox2f_rx_data_out <= d_sink_en ? rx_pkt_data_buf[223:48] : {rx_pkt_data_buf[223:0],d_data_buf[255:240]};    // up to 1B data
                                end

                                4'h1: begin
                                    ox2f_rx_data_out <= d_sink_en ? rx_pkt_data_buf[223:48] : {rx_pkt_data_buf[223:0],d_data_buf[255:240]};    // up to 2B data
                                end

                                4'h2: begin
                                    ox2f_rx_data_out <= d_sink_en ? rx_pkt_data_buf[223:48] : {rx_pkt_data_buf[223:0],d_data_buf[255:240]};    // up to 4B data
                                end

                                4'h3: begin
                                    ox2f_rx_data_out <= d_sink_en ? rx_pkt_data_buf[223:48] : {rx_pkt_data_buf[223:0],d_data_buf[255:240]};    // up to 8B data
                                end

                                4'h4: begin
                                    ox2f_rx_data_out <= d_sink_en ? rx_pkt_data_buf[223:48] : {rx_pkt_data_buf[223:0],d_data_buf[255:240]};    // up to 16B data
                                end

                                4'h5: begin
                                    ox2f_rx_data_out <= d_sink_en ? {m2ox_rx_pkt_data[47:0],rx_pkt_data_buf[255:48]} : {rx_pkt_data_buf[239:0],d_data_buf[255:240]};    // up to 32B data
                                end

                                default: begin
                                    ox2f_rx_data_out <= d_sink_en ? {m2ox_rx_pkt_data[47:0],rx_pkt_data_buf[255:48]} : {rx_pkt_data_buf[239:0],d_data_buf[255:240]};    // up to 64B data
                                end
                            endcase

                        //  ox2f_rx_data_valid  <=    lewiz_bcnt    == 16'd0   ?   1'b0    :   oxm2ackm_accept;
                            ox2f_rx_data_valid  <=    oxm2ackm_accept;
                            bcnt4mask           <=    (bcnt4mask >= 16'd32) ? bcnt4mask - 16'd32 : 16'b0;

                        end // if(d_data_en)

                        oxm2ackm_accepted           <=  oxm2ackm_accept;
                        ox2f_rx_header_out          <=  'b0;
                        ox2f_rx_header_valid        <=  'b0;
                        ox2f_rx_addr_out            <=  'b0;
                        ox2f_rx_addr_valid          <=  'b0;

                    end //if (d_chan_en)
                end // RX_DECODE_2

                //Done State: Assert external done signal and handle some Channel D data if applicable
                //            NOTE: Operation is not truly done in this state
                RX_DONE: begin
                    if (d_data_en) begin
                        case (d_tl_msg_header[51:48])    //d_size
                            4'h0: begin
                                ox2f_rx_data_out <= d_sink_en ? rx_pkt_data_buf[223:48] : {rx_pkt_data_buf[223:0],d_data_buf[255:240]};    // up to 1B data
                            end

                            4'h1: begin
                                ox2f_rx_data_out <= d_sink_en ? rx_pkt_data_buf[223:48] : {rx_pkt_data_buf[223:0],d_data_buf[255:240]};    // up to 2B data
                            end

                            4'h2: begin
                                ox2f_rx_data_out <= d_sink_en ? rx_pkt_data_buf[223:48] : {rx_pkt_data_buf[223:0],d_data_buf[255:240]};    // up to 4B data
                            end

                            4'h3: begin
                                ox2f_rx_data_out <= d_sink_en ? rx_pkt_data_buf[223:48] : {rx_pkt_data_buf[223:0],d_data_buf[255:240]};    // up to 8B data
                            end

                            4'h4: begin
                                ox2f_rx_data_out <= d_sink_en ? rx_pkt_data_buf[223:48] : {rx_pkt_data_buf[223:0],d_data_buf[255:240]};    // up to 16B data
                            end

                            4'h5: begin
                                ox2f_rx_data_out <= d_sink_en ? {m2ox_rx_pkt_data[47:0],rx_pkt_data_buf[255:48]} : {rx_pkt_data_buf[239:0],d_data_buf[255:240]};    // up to 32B data
                            end

                            default: begin
                                ox2f_rx_data_out <= d_sink_en ? {m2ox_rx_pkt_data[47:0],rx_pkt_data_buf[255:48]} : {rx_pkt_data_buf[239:0],d_data_buf[255:240]};    // up to 64B data
                            end
                        endcase

                          //ox2f_rx_data_valid  <=    lewiz_bcnt    == 16'd0   ?   1'b0    :   oxm2ackm_accept;
                          //ox2f_rx_data_valid  <=  oxm2ackm_accepted;  //if <= 32 bytes should only valid for 1 clk  20220902
                            ox2f_rx_data_valid  <= (d_size <= 4'd5) ? 1'b0 : oxm2ackm_accepted;

                            bcnt4mask           <=    (bcnt4mask >= 16'd32) ? bcnt4mask - 16'd32 : 16'b0;
                    end // if(d_data_en)
                end

                //Done 1 State: Output header and byte count along with any final data to FIFOs
                //              NOTE: Operation actually done at the end of this state
                RX_DONE_1: begin

                    if (b_chan_en) begin
                        if (b_data_en) begin
                            ox2f_rx_data_out    <=  (b_tl_msg_header[51:48] < 6) ? ox2f_rx_data_out :
                                                        {rx_pkt_data_buf[239:0],b_data_buf[255:240]};   // up to 64B data

                          //ox2f_rx_data_valid  <=  (d_tl_msg_header[51:48] < 6)  ? ox2f_rx_data_valid : oxm2ackm_accepted;
                            ox2f_rx_data_valid  <=  oxm2ackm_accepted;
                            ox2f_rx_bcnt_out    <=  {4'b1,ox2f_rx_bcnt_out[11:0]}; //The upper 4 bits are used to indicate to TL2N, the presence of payload in the packet (If 1, there is payload)
                        end
                        else begin
                            //ox2f_rx_bcnt_out  <=  'd0;
                        end

                        ox2f_rx_header_out      <=    b_tl_msg_header;
                        ox2f_rx_header_valid    <=    oxm2ackm_accepted;
                        ox2f_rx_addr_out        <=    b_tl_msg_addr;
                        ox2f_rx_addr_valid      <=    oxm2ackm_accepted;
                        ox2f_rx_bcnt_valid      <=    oxm2ackm_accepted;

                    end

                    if (d_chan_en) begin
                        if (d_data_en) begin
                            ox2f_rx_data_out    <=  (d_tl_msg_header[51:48] < 6)  ? ox2f_rx_data_out :
                                                    (d_sink_en                 )  ? {m2ox_rx_pkt_data[47:0], rx_pkt_data_buf[255:48]} :
                                                    {rx_pkt_data_buf[239:0],d_data_buf[255:240]};   // up to 64B data

                          //ox2f_rx_data_valid  <=  (d_tl_msg_header[51:48] < 6)  ? ox2f_rx_data_valid    :   oxm2ackm_accepted;
                          //ox2f_rx_data_valid  <=  oxm2ackm_accepted;
                            ox2f_rx_data_valid  <=  1'b0 ;
                            ox2f_rx_bcnt_out    <= {4'b1,ox2f_rx_bcnt_out[11:0]}; //The upper 4 bits are used to indicate to TL2N, the presence of payload in the packet (If 1, there is payload)
                        end
                        else begin
                          //ox2f_rx_bcnt_out  <=  'd0;
                        end

                        ox2f_rx_header_out          <=    d_tl_msg_header;
                        ox2f_rx_header_valid        <=    oxm2ackm_accepted;
                        ox2f_rx_addr_out            <=    d_tl_msg_sink;
                        ox2f_rx_addr_valid          <=    oxm2ackm_accepted && d_sink_en;
                        ox2f_rx_bcnt_valid          <=    oxm2ackm_accepted;
                        ox2f_rx_mask_valid          <=    ((ox2tl_aquire_gnt | ox2tl_acc_ack_data) & oxm2ackm_accepted) ? 1'b1 : 1'b0 ;
                    end
                end

                //Done 2 State: Reset some internal registers (it gets done again next state in Idle)
                //              TODO: External done signal should be asserted here instead of "normal" done ?
                //                    If not, we dont need this state at all
                RX_DONE_2: begin
                   tloe_header_chan         <=   'b0;
                   tloe_header_credit       <=   'b0;
                   tloe_header_ack          <=   'b0;
                   tloe_header_seq_num_ack  <=   'b0;
                   tloe_header_seq_num      <=   'b0;
                   tloe_header_vc           <=   'b0;

                   ox2f_rx_bcnt_out         <=   'd0;
                   ox2f_rx_bcnt_valid       <=  1'b0;
                   ox2f_rx_header_valid     <=  1'b0;
                   ox2f_rx_addr_valid       <=  1'b0;
                   ox2f_rx_mask_valid       <=  1'b0;
                end

               //default: rx_state    <=  RX_IDLE;
           endcase
        end // else
    end // always


//    // Channel B
//    always @(posedge clk)
//    begin
//      if (!rst_)
//      begin
//          b_source    <=  0;
//          b_size      <=  0;
//          b_opcode    <=  0;
//          b_param     <=  0;
//          b_data      <=  0;
//          b_corrupt   <=  0;
//          b_mask      <=  0;
//          b_addr      <=  0;
//          b_domain    <=  0;
//          b_chan      <=  0;
//          b_size_left <=  0;
//      end else begin
//      end
//    end //always


    //Channel B & D Detection and Header/Parameter Decoding
    always @(posedge clk) begin
        if (!rst_) begin
            b_tl_msg_header <=  'b0;
            b_tl_msg_addr   <=  'b0;
            b_chan_en       <=  'b0;
            b_data_en       <=  'b0;
            b_data_buf      <=  'b0;

            d_tl_msg_header <=  'b0;
            d_tl_msg_sink   <=  'b0;
            d_chan_en       <=  'b0;
            d_data_en       <=  'b0;
            d_sink_en       <=  'b0;
            d_data_buf      <=  'b0;
        end
        else begin
            case (rx_state)
                RX_IDLE: begin
                    b_tl_msg_header <=  'b0;
                    b_tl_msg_addr   <=  'b0;
                    b_chan_en       <=  'b0;
                    b_data_en       <=  'b0;
                    b_data_buf      <=  'b0;

                    d_tl_msg_header <=  'b0;
                    d_tl_msg_sink   <=  'b0;
                    d_chan_en       <=  'b0;
                    d_data_en       <=  'b0;
                    d_data_buf      <=  'b0;
                end

                RX_IPCS: begin
                end

                RX_PKT_RD_1: begin
                end


                RX_DECODE_1: begin
                    if (rx_pkt_data_buf[182:180] == TL_CHAN_B) begin    // check if channel B
                        b_tl_msg_header    <=    {
                                                rx_pkt_data_buf[183:176],
                                                rx_pkt_data_buf[191:184],
                                                rx_pkt_data_buf[199:192],
                                                rx_pkt_data_buf[207:200],
                                                rx_pkt_data_buf[215:208],
                                                rx_pkt_data_buf[223:216],
                                                rx_pkt_data_buf[231:224],
                                                rx_pkt_data_buf[239:232]
                                            };
                        b_chan_en        <=    1'b1;
                       // b_data_en        <=    rx_pkt_data_buf[179:177] ==  ;     // Need to be enabled for including data
                        b_data_buf       <=    rx_pkt_data_buf;
                    end

                    if (rx_pkt_data_buf[182:180] == TL_CHAN_D)    // check if channel D
                    begin
                        d_tl_msg_header    <=    {
                                                rx_pkt_data_buf[183:176],
                                                rx_pkt_data_buf[191:184],
                                                rx_pkt_data_buf[199:192],
                                                rx_pkt_data_buf[207:200],
                                                rx_pkt_data_buf[215:208],
                                                rx_pkt_data_buf[223:216],
                                                rx_pkt_data_buf[231:224],
                                                rx_pkt_data_buf[239:232]
                                            };
                        d_chan_en        <=    1'b1;
                        d_sink_en        <=    rx_pkt_data_buf[179:177] ==  D_GRANT         ||  rx_pkt_data_buf[179:177] == D_GRANT_DATA;
                        d_data_en        <=    rx_pkt_data_buf[179:177] ==  D_ACC_ACK_DATA  ||  rx_pkt_data_buf[179:177] == D_GRANT_DATA;
                        d_data_buf       <=    rx_pkt_data_buf;
                    end
                end

                RX_PKT_RD_2: begin
                    if (b_chan_en) begin
                        b_data_buf      <=    rx_pkt_data_buf;
                    end

                    if (d_chan_en) begin
                        d_data_buf      <=    rx_pkt_data_buf;
                    end
                end

                RX_DECODE_2: begin
                    if (b_chan_en) begin
                        b_tl_msg_addr   <= {b_data_buf[247:240]   , b_data_buf[255:248],
                                            rx_pkt_data_buf[7:0]  , rx_pkt_data_buf[15:8],
                                            rx_pkt_data_buf[23:16], rx_pkt_data_buf[31:24],
                                            rx_pkt_data_buf[39:32], rx_pkt_data_buf[47:40]};
                        b_data_buf      <=  rx_pkt_data_buf;

                    end

                    if (d_chan_en) begin
                        if (d_sink_en) begin
                            d_tl_msg_sink   <=    {16'b0, rx_pkt_data_buf[7:0],    rx_pkt_data_buf[15:8],
                                                        rx_pkt_data_buf[23:16],    rx_pkt_data_buf[31:24],
                                                        rx_pkt_data_buf[39:32],    rx_pkt_data_buf[47:40]};
                        end
                        d_data_buf      <=  rx_pkt_data_buf;
                    end
                end

                RX_DONE: begin
                    d_data_buf          <=  rx_pkt_data_buf;        //20220525 (same as data_buf2)
                end

                RX_DONE_1: begin
                    d_sink_en <= 1'b0 ;
                end

          endcase
        end
    end //always


//===================== Generate TL FIFO WE 20220525
always @(posedge clk)
    if (!rst_) begin
        ox2tl_aquire_gnt    <= 1'b0 ;
        ox2tl_release_ack   <= 1'b0 ;
        ox2tl_acc_ack       <= 1'b0 ;
        ox2tl_acc_ack_data  <= 1'b0 ;
        ox2tl_probe         <= 1'b0 ;
    end
    else begin
        ox2tl_aquire_gnt    <=  (rx_decode_1_st && rx_pkt_data_buf[182:180] == TL_CHAN_D &&
                                (rx_pkt_data_buf[179:177] == D_GRANT || rx_pkt_data_buf[179:177] == D_GRANT_DATA)) ? 1'b1 :
                                (rx_done_2_st) ? 1'b0 :
                                ox2tl_aquire_gnt ;

        ox2tl_release_ack   <=  (rx_decode_1_st && rx_pkt_data_buf[182:180] == TL_CHAN_D &&
                                (rx_pkt_data_buf[179:177] == D_RELEASE_ACK)) ? 1'b1 :
                                (rx_done_2_st) ? 1'b0 :
                                ox2tl_release_ack ;

        ox2tl_probe         <=  (rx_decode_1_st && rx_pkt_data_buf[182:180] == TL_CHAN_B &&
                                (rx_pkt_data_buf[179:177] == B_PROBE_BLOCK)) ? 1'b1 :
                                (rx_done_2_st) ? 1'b0 :
                                ox2tl_probe ;

        ox2tl_acc_ack       <=  (rx_decode_1_st && rx_pkt_data_buf[182:180] == TL_CHAN_D &&
                                (rx_pkt_data_buf[179:177] == D_ACC_ACK))  ? 1'b1 :
                                (rx_done_2_st) ? 1'b0 :
                                ox2tl_acc_ack ;

        ox2tl_acc_ack_data  <=  (rx_decode_1_st && rx_pkt_data_buf[179:177] == D_ACC_ACK_DATA) ? 1'b1 :
                                (rx_done_2_st) ? 1'b0 :
                                ox2tl_acc_ack_data ;
    end


    //=========== for simulation
    //  FSM

    reg [12*8:0] ascii_rx_state;

    always@(rx_state) begin
        case(rx_state)
             RX_IDLE    : ascii_rx_state = "RX_IDLE"    ;
             RX_IPCS    : ascii_rx_state = "RX_IPCS"    ;
             RX_PKT_RD_1: ascii_rx_state = "RX_PKT_RD_1";
             RX_DECODE_1: ascii_rx_state = "RX_DECODE_1";
             RX_PKT_RD_2: ascii_rx_state = "RX_PKT_RD_2";
             RX_DECODE_2: ascii_rx_state = "RX_DECODE_2";
             RX_DONE    : ascii_rx_state = "RX_DONE"    ;
             RX_DONE_1  : ascii_rx_state = "RX_DONE_1"  ;
             RX_DONE_2  : ascii_rx_state = "RX_DONE_2"  ;
        endcase
    end // always rx_state



endmodule